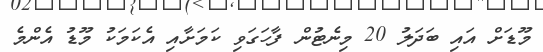
މޫޑަށް އައި ބަދަލު 20 މިނެޓުން ފާހަގަވި ކަމަށާއި އެކަމަކު މޫޑު އެންމެ